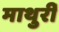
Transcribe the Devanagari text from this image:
माथुरीं